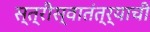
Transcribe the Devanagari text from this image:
स्त्रीस्वातंत्र्याची